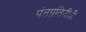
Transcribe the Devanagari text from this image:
पंतप्रतिनीधी